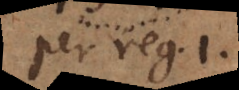
per reg. 1.